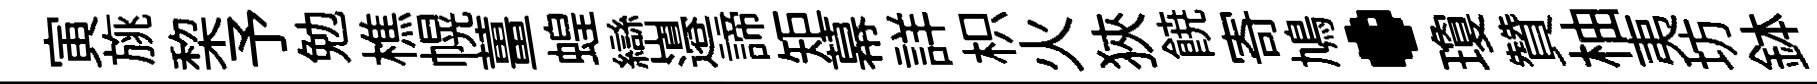
寅旐棃予勉樵幌薑蝗巒邉諦矩幕詳枳火狹𩜙寄鳩·瓊贊柚夷坊鉢